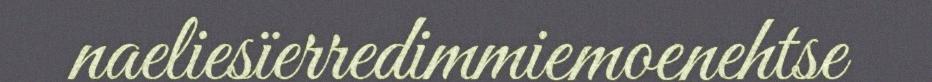
naeliesïerredimmiemoenehtse